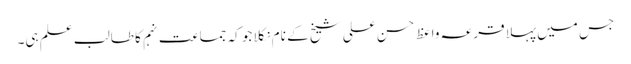
جس میں پہلا قرعہ واعظ حسن علی شیخ کے نام نکلا جو کہ جماعت نہم کا طالب علم ہی۔